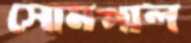
সোমপাল